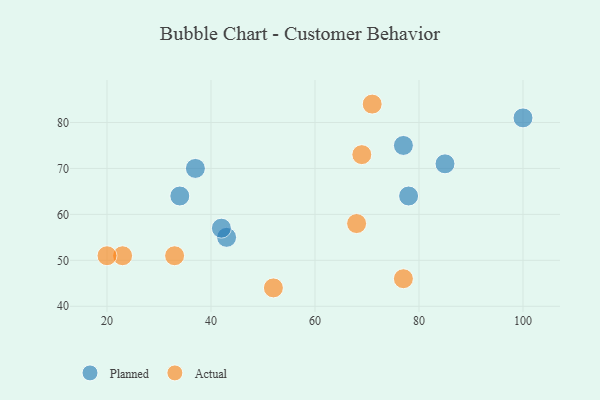
{"axis": {"x": "GDP", "y": "Life Expectancy"}, "legend": ["Actual", "Planned"], "data": [{"x": "37", "y": 70, "type": "Planned"}, {"x": "43", "y": 55, "type": "Planned"}, {"x": "42", "y": 57, "type": "Planned"}, {"x": "78", "y": 64, "type": "Planned"}, {"x": "77", "y": 75, "type": "Planned"}, {"x": "85", "y": 71, "type": "Planned"}, {"x": "34", "y": 64, "type": "Planned"}, {"x": "100", "y": 81, "type": "Planned"}, {"x": "68", "y": 58, "type": "Actual"}, {"x": "23", "y": 51, "type": "Actual"}, {"x": "69", "y": 73, "type": "Actual"}, {"x": "71", "y": 84, "type": "Actual"}, {"x": "20", "y": 51, "type": "Actual"}, {"x": "52", "y": 44, "type": "Actual"}, {"x": "77", "y": 46, "type": "Actual"}, {"x": "33", "y": 51, "type": "Actual"}]}